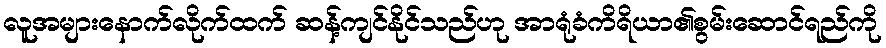
လူအများနောက်လိုက်ထက် ဆန့်ကျင်နိုင်သည်ဟု အာရုံခံကိရိယာ၏စွမ်းဆောင်ရည်ကို